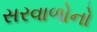
સરવાળોનો